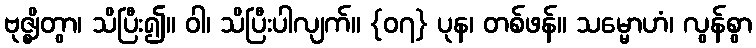
ဗုဇ္ဈိတွာ၊ သိပြီး၍။ ဝါ၊ သိပြီးပါလျက်။ {၀၇} ပုန၊ တစ်ဖန်။ သမ္မောဟံ၊ လွန်စွာ